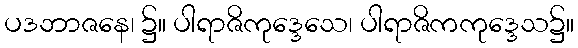
ပဒဘာဇနေ၊ ၌။ ပါရာဇိကုဒ္ဒေသေ၊ ပါရာဇိကကုဒ္ဒေသ၌။